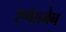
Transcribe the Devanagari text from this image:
एप्पेलमैन